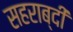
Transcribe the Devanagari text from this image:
सहराब्दी